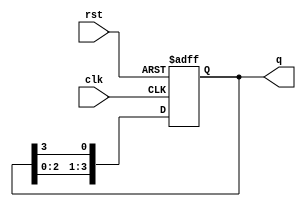
module multi_stage_ring_counter (
    input wire clk,         // Clock input
    input wire rst,         // Asynchronous reset
    output reg [n-1:0] q    // Output state of the ring counter
);
    parameter n = 4;         // Number of stages (flip-flops)

    // Initial state on reset: only the least significant bit is set
    always @(posedge clk or posedge rst) begin
        if (rst) begin
            q <= 1'b1;       // Initialize to 000...001
        end else begin
            q <= {q[n-2:0], q[n-1]}; // Shift left & wrap around
        end
    end

endmodule